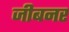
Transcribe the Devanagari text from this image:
जीबनर